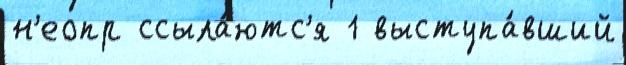
н'еопр ссыла́ютс'я 1 выступа́вший